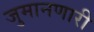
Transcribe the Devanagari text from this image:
जुमानणारी